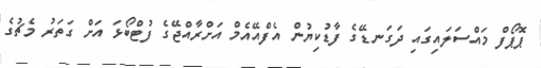
ޕޮޕޯފް މައްސަލައިގައި ދަގަނޑޭގެ ފާޑުކިޔުން އެފްއޭއެމް އަށްރާއްޖޭގެ ފުޓްބޯޅަ އަށް ގަތަރު މެޗުގެ